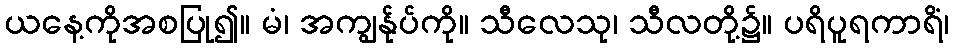
ယနေ့ကိုအစပြု၍။ မံ၊ အကျွန်ုပ်ကို။ သီလေသု၊ သီလတို့၌။ ပရိပူရကာရိံ၊